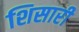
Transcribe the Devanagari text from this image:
शिसारी